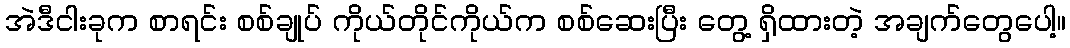
အဲဒီငါးခုက စာရင်း စစ်ချုပ် ကိုယ်တိုင်ကိုယ်က စစ်ဆေးပြီး တွေ့ ရှိထားတဲ့ အချက်တွေပေါ့။